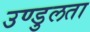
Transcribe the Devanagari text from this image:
उण्डुलता